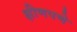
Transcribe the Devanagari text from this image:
क्षीणपणे